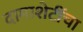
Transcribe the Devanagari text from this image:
दामाशेटींचा